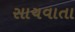
સાચવાતા